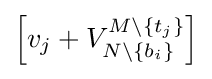
\left[v_{j}+V_{N\setminus \{b_{i}\}}^{M\setminus \{t_{j}\}}\right]